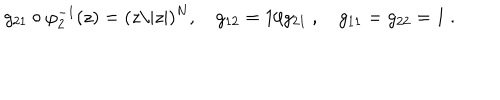
g _ { 2 1 } \circ \varphi _ { 2 } ^ { - 1 } ( z ) = ( z / | z | ) ^ { N } , g _ { 1 2 } = 1 / g _ { 2 1 } \ , g _ { 1 1 } = g _ { 2 2 } = 1 \ .